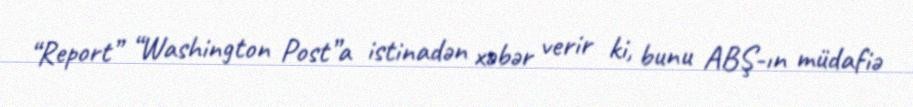
“Report” “Washington Post”a istinadən xəbər verir ki, bunu ABŞ-ın müdafiə